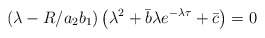
\begin{align*}\left(\lambda-R/a_2 b_1\right)\left(\lambda^{2}+\bar{b}\lambda e^{-\lambda\tau}+\bar{c}\right)=0\end{align*}